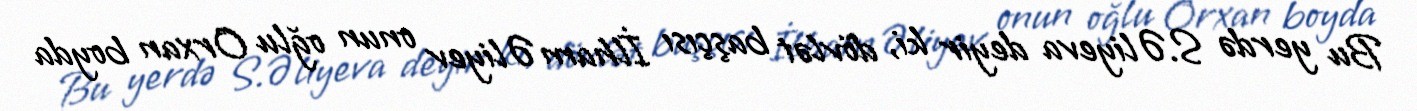
Bu yerdə S.Əliyeva deyir ki, dövlət başçısı İlham Əliyev onun oğlu Orxan boyda